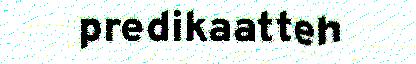
predikaatteh